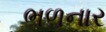
ભળનાર